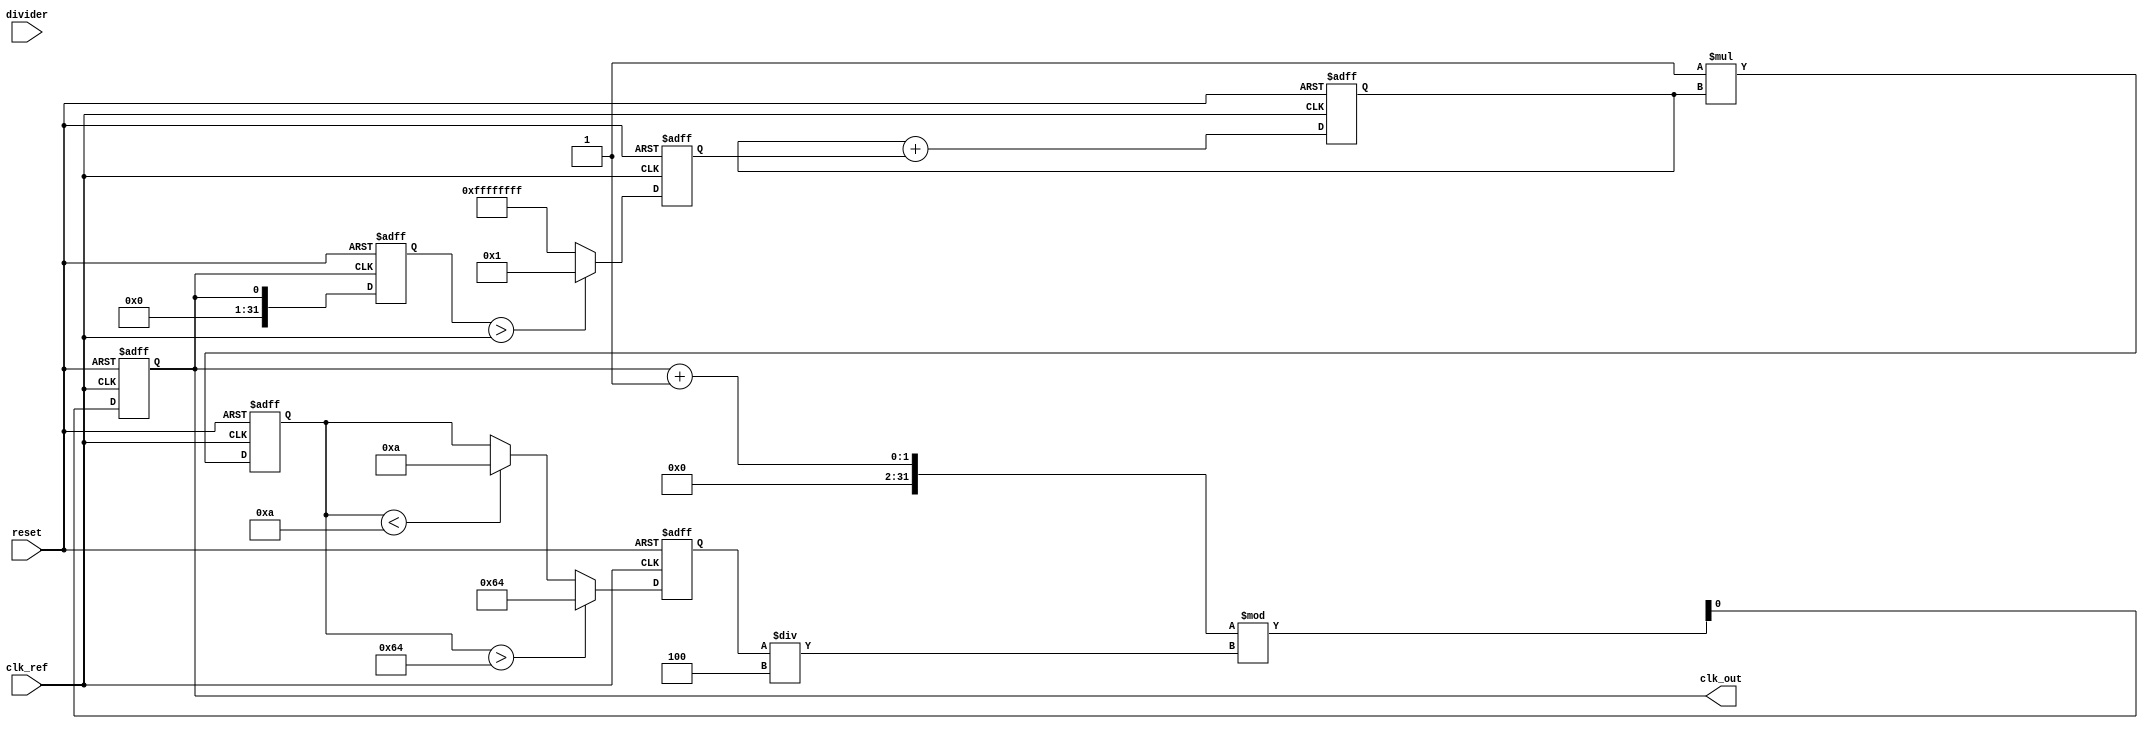
module type2_PLL (
    input wire clk_ref,           // Reference clock input
    input wire reset,             // Asynchronous reset
    input wire [N-1:0] divider,   // Divider value (N)
    output reg clk_out            // Output clock
);

parameter N = 4;                 // Division factor
parameter VCO_MAX_FREQ = 100;   // Max VCO frequency (arbitrary units)
parameter VCO_MIN_FREQ = 10;    // Min VCO frequency (arbitrary units)
parameter K_PD = 1;             // Phase Detector gain
parameter K_LF = 1;             // Loop Filter gain

// Internal signals
reg [31:0] phase_error;          // Phase error signal
reg [31:0] control_voltage;       // Control voltage for VCO
reg [31:0] vco_frequency;         // Current VCO frequency
reg [31:0] feedback;              // Feedback from VCO
reg [31:0] loop_filter_out;       // Output from loop filter

// Phase Detector (PD)
always @(posedge clk_ref or posedge reset) begin
    if (reset) begin
        phase_error <= 0;
    end else begin
        // Compare reference clock with feedback
        phase_error <= (feedback > clk_ref) ? K_PD : -K_PD; // Simplified phase comparison
    end
end

// Loop Filter (LF) - Simple first-order filter for demonstration
always @(posedge clk_ref or posedge reset) begin
    if (reset) begin
        loop_filter_out <= 0;
        control_voltage <= 0;
    end else begin
        loop_filter_out <= loop_filter_out + phase_error; // Integrate phase error
        control_voltage <= K_LF * loop_filter_out; // Apply gain
    end
end

// Voltage-Controlled Oscillator (VCO)
always @(posedge clk_ref or posedge reset) begin
    if (reset) begin
        vco_frequency <= VCO_MIN_FREQ;
        clk_out <= 0;
    end else begin
        // Update VCO frequency based on control voltage
        if (control_voltage > VCO_MAX_FREQ) begin
            vco_frequency <= VCO_MAX_FREQ;
        end else if (control_voltage < VCO_MIN_FREQ) begin
            vco_frequency <= VCO_MIN_FREQ;
        end else begin
            vco_frequency <= control_voltage;
        end

        // Generate output clock based on VCO frequency
        clk_out <= (clk_out + 1) % (vco_frequency / N); // Simple clock generation
    end
end

// Divider (N-divider)
always @(posedge clk_out or posedge reset) begin
    if (reset) begin
        feedback <= 0;
    end else begin
        feedback <= clk_out; // Feedback the divided output
    end
end

endmodule